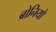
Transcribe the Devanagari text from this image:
ब्रोनियो